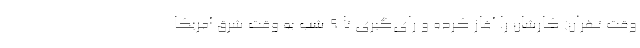
وقت تهران) کارشان را آغاز کرده و رای‌گیری تا ۹ شب به وقت شرق آمریکا